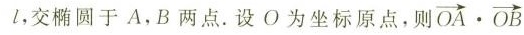
l，交椭圆于A，B两点。设O为坐标原点，则$$\overrightarrow { O A } \cdot \overrightarrow { O B }$$